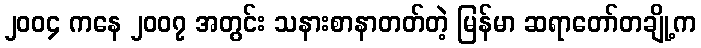
၂၀၀၄ ကနေ ၂၀၀၇ အတွင်း သနားစာနာတတ်တဲ့ မြန်မာ ဆရာတော်တချို့က